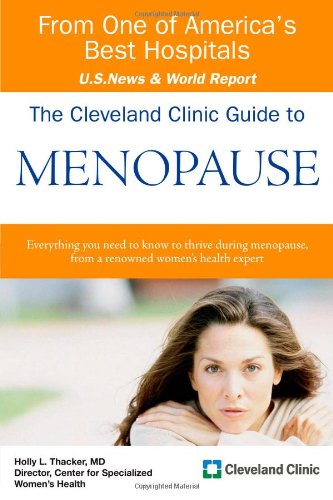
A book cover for The Cleveland Clinic Guide to Menopause (Cleveland Clinic Guides); Holly L Thacker MD; Health, Fitness & Dieting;